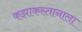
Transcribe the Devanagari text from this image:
कझाकस्तानाला